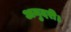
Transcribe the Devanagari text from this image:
अनुदरी।